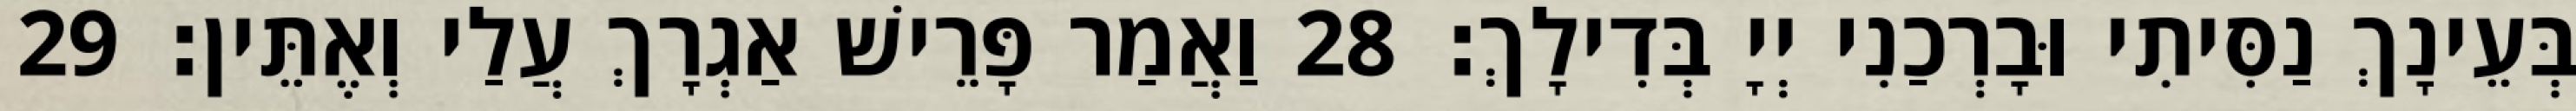
בְּעֵינָךְ נַסִּיתִי וּבָרְכַנִי יְיָ בְּדִילָךְ׃ 28 וַאֲמַר פָּרֵישׁ אַגְרָךְ עֲלַי וְאֶתֵּין׃ 29